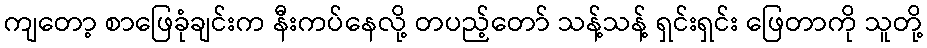
ကျတော့ စာဖြေခုံချင်းက နီးကပ်နေလို့ တပည့်တော် သန့်သန့် ရှင်းရှင်း ဖြေတာကို သူတို့